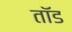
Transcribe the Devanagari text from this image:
तॉड